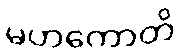
မဟကောတိ